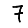
Digit: 7